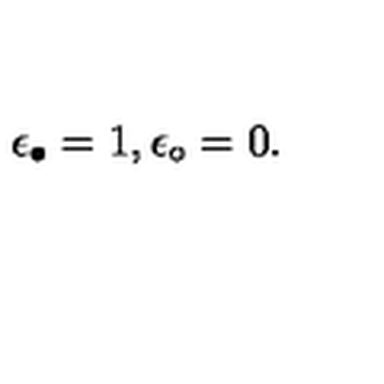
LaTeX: \epsilon _ { \bullet } = 1 , \epsilon _ { \circ } = 0 .